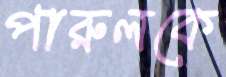
পারুলকে